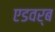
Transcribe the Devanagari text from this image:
एडवर्ब